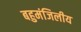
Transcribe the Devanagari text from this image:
बहुमंजिलीय